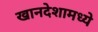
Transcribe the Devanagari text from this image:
खानदेशामध्ये